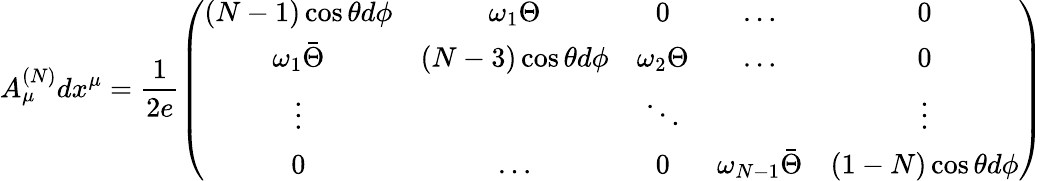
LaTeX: A_{\mu}^{(N)}dx^{\mu}=\frac{1}{2e}\left(\begin{array}{ccccc}{{(N-1)\cos\theta d\phi}}&{{\omega_{1}\Theta}}&{{0}}&{{\ldots}}&{{0}}\\ {{\omega_{1}\bar{\Theta}}}&{{(N-3)\cos\theta d\phi}}&{{\omega_{2}\Theta}}&{{\ldots}}&{{0}}\\ {{\vdots}}&{{}}&{{\ddots}}&{{}}&{{\vdots}}\\ {{0}}&{{\ldots}}&{{0}}&{{\omega_{N-1}\bar{\Theta}}}&{{(1-N)\cos\theta d\phi}}\end{array}\right)